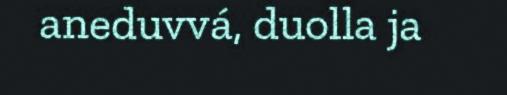
aneduvvá, duolla ja